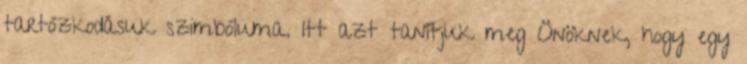
tartózkodásuk szimbóluma. Itt azt tanítjuk meg Önöknek, hogy egy